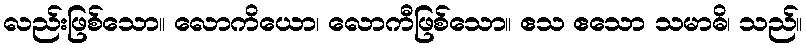
လည်းဖြစ်သော။ လောကိယော၊ လောကီဖြစ်သော။ ဧသ ဧသော သမာဓိ၊ သည်။